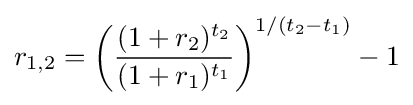
r_{1,2}=\left({\frac {(1+r_{2})^{t_{2}}}{(1+r_{1})^{t_{1}}}}\right)^{1/(t_{2}-t_{1})}-1